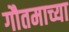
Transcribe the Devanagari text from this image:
गौतमाच्या